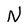
Character: N